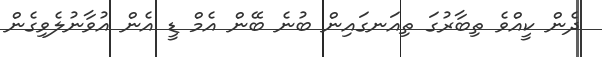
ދެން ކީއްވެ ތިބާރުގަ ތިއަނގައިން ބުނެ ބޭން އެމް ޑީ އެން އުވާނުލެވިގެން